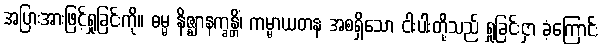
အပြားအားဖြင့်ရှုခြင်းကို။ ဓမ္မ နိဇ္ဈာနက္ခန္တိံ၊ ကမ္မာယတန အစရှိသော ငါးပါးတို့သည် ရှုခြင်းငှာ ခံ့ကြောင်း